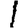
Digit: 1